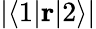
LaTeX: |\langle 1|\mathbf{r}|2\rangle|